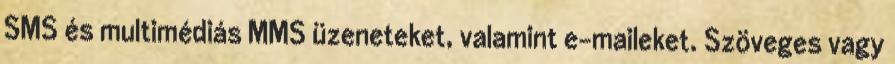
SMS és multimédiás MMS üzeneteket, valamint e-maileket. Szöveges vagy